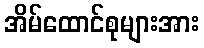
အိမ်ထောင်စုများအား